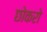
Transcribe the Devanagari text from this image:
छोकरो